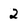
Character: 2